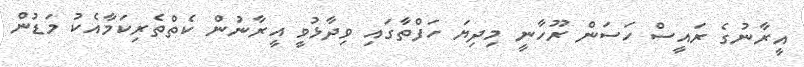
އީރާނުގެ ރައީސް ހަސަން ރޫހާނީ މިދިޔަ ހަފްތާގައި ވިދާޅުވީ އީރާނުން ކެތްތެރިކަމާއެކު މަޑުން